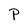
Character: P